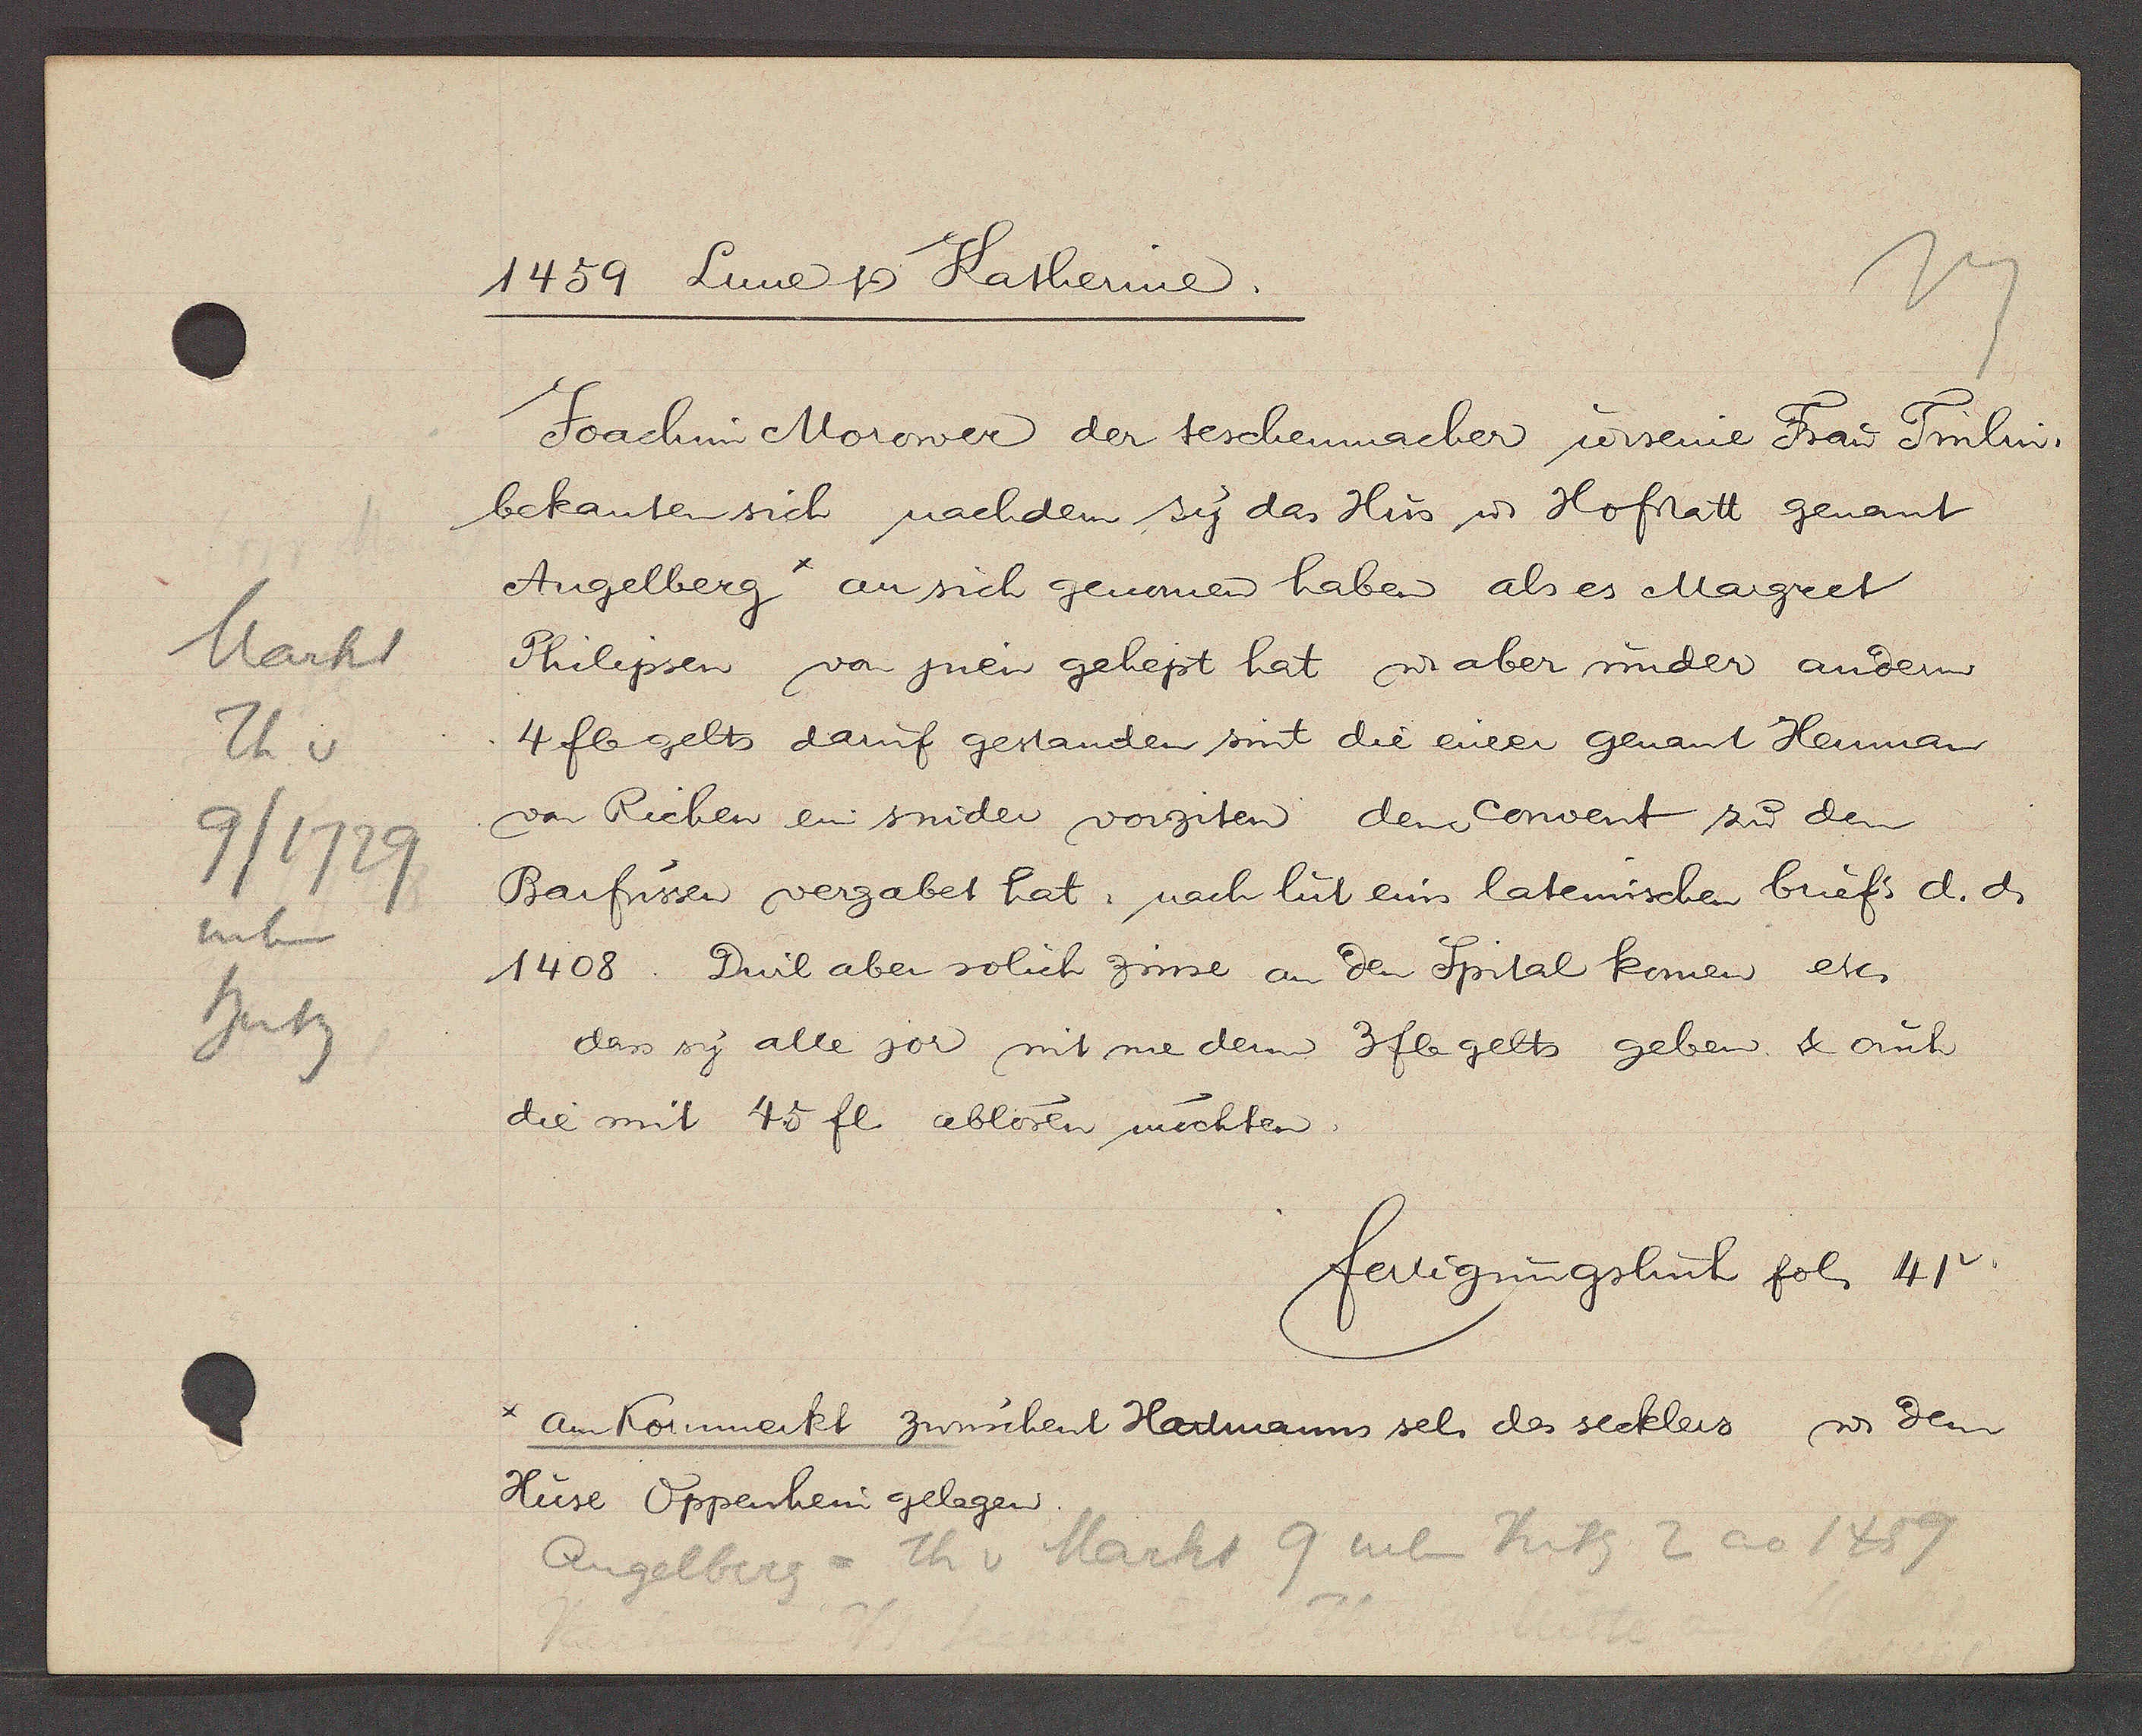
Transcript:
Markt
Th v
9/1729
neben
hutz

1459 Lune Ƿ Katherine.

Joachim Morower der teschenmacher u. seine Frau Trulin
bekanten sich nachdem sy das Hus u. Hofstatt genant
Angelberg* an sich genomen haben als es Margret

Philipsen von jnen gehept hat u aber under andern
4 fl gelts dauf gestanden sint die eineer genant Heuman
von Richen ein snider vorziten dem Convent zu den
Barfusser vergabet hat, nach lut eins lateinischen briefs d. d.
1408. Durl aber solich zinse an den Spital komen etc
das sy alle sor mit me dem 3 fl gelts geben & ouch
die mit 45 fl. ablösen möchten.

fertigungsbuch fol 41v.

*am Kornmerkt zwüschent Hartmanns sel. des secklers u dem
Huse Oppenhein gelegen,

Th v Markt 9 neben Hutz 2 ao 1459
Angelberg=